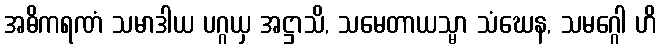
အဓိကရဏံ သမာဒါယ ပဂ္ဂယှ အဋ္ဌာသိ, သမေတာယသ္မာ သံဃေန, သမဂ္ဂေါ ဟိ